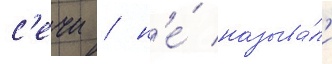
с'ечи / н'е́ называ́л'и